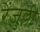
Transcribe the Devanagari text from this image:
रेंज़ुल्ली